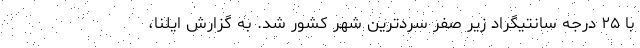
با ۲۵ درجه سانتیگراد زیر صفر سردترین شهر کشور شد. به گزارش ایلنا،